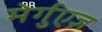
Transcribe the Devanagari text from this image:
मेर्गुएज़